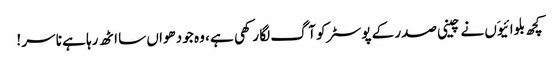
کچھ بلوائیوَں نے چینی صدر کے پوسٹر کو آگ لگا رکھی ہے ، وہ جو دھواں سا اٹھ رہا ہے نا سر !